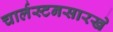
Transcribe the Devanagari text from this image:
चार्लस्टनसारखे